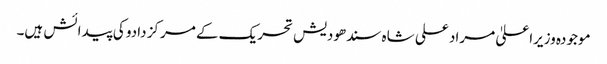
موجودہ وزیراعلیٰ مراد علی شاہ سندھودیش تحریک کے مرکز دادو کی پیدائش ہیں۔